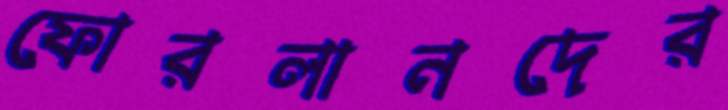
ফোরলানদের